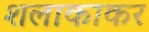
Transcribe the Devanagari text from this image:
शलाकाकर